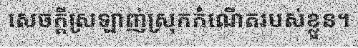
សេចក្តីស្រឡាញ់ស្រុកកំណើតរបស់ខ្លួន។